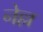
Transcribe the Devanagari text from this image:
नेल्ल